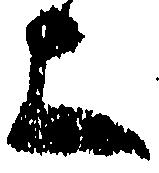
上